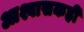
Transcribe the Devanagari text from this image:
आश्वासकही